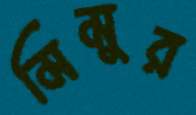
মিমুর